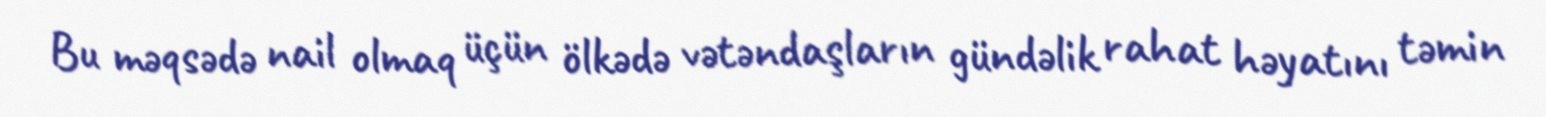
Bu məqsədə nail olmaq üçün ölkədə vətəndaşların gündəlik rahat həyatını təmin